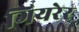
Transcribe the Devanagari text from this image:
गियरेर